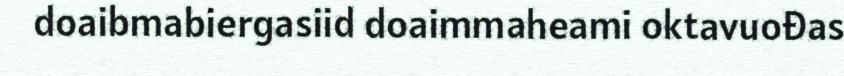
doaibmabiergasiid doaimmaheami oktavuođas